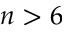
n > 6